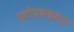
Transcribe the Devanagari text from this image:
एटीएमवरून